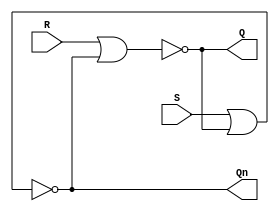
module nor_sr_latch(

input S,
input R,
output Q,
output Qn
);

wire Q_int, Qn_int;

assign  Q_int = ~(R | Qn_int);
assign  Qn_int = ~(S | Q_int);

assign Q = Q_int;
assign Qn = Qn_int;

endmodule